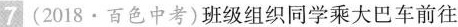
7(2018·百色中考)班级组织同学乘大巴车前往